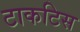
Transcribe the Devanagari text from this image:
टाकटिस